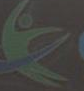
ع